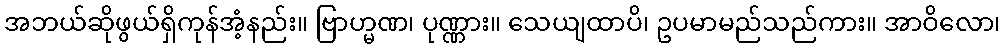
အဘယ်ဆိုဖွယ်ရှိကုန်အံ့နည်း။ ဗြာဟ္မဏ၊ ပုဏ္ဏား။ သေယျထာပိ၊ ဥပမာမည်သည်ကား။ အာဝိလော၊